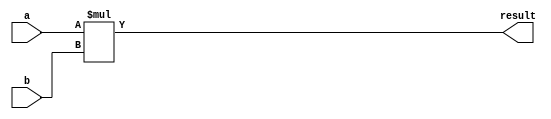
module signed_multiplier (
    input signed [7:0] a,
    input signed [7:0] b,
    output signed [15:0] result
);

reg signed [15:0] product;

always @(*) begin
    product = a * b;
end

assign result = product;

endmodule